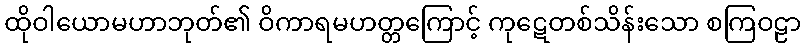
ထိုဝါယောမဟာဘုတ်၏ ဝိကာရမဟတ္တကြောင့် ကုဋေတစ်သိန်းသော စကြဝဠာ